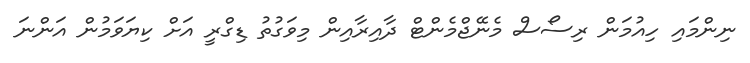
ނިންމައި ހިއުމަން ރިސޯސް މެނޭޖްމެންޓް ދާއިރާއިން މިވަގުތު ޑިގްރީ އަށް ކިޔަވަމުން އަންނަ